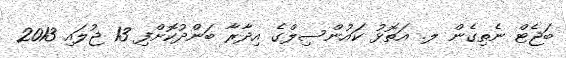
ބަޖެޓް ނެތިގެން ލ. އަތޮޅު ކައުންސިލްގެ އިދާރާ ބަންދުކޮށްފި 13 ޖުލައި 2013